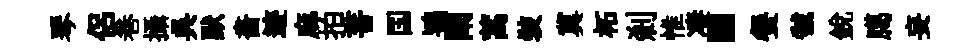
琴侶巻攝呉默畵迹麻拍菩国鴇闡蒿裝冀柘剎惟凄·餐虢銳臈妄